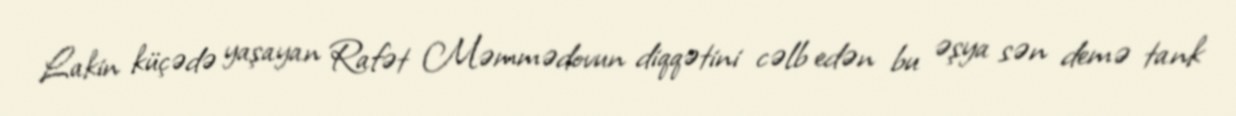
Lakin küçədə yaşayan Rafət Məmmədovun diqqətini cəlb edən bu əşya sən demə tank